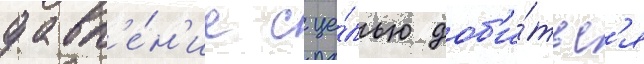
давл'е́н'ие с це́лью доб'и́тьс'я